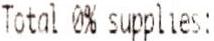
TOTAL 0% SUPPLIES: